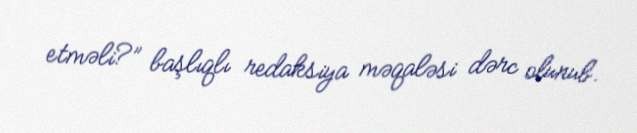
etməli?” başlıqlı redaksiya məqaləsi dərc olunub.